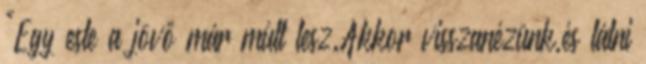
"Egy este a jövő már múlt lesz.Akkor visszanézünk,és látni